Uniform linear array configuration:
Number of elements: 64
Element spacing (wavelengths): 0.75
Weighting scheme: exponential
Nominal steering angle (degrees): -45
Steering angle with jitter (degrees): -46.403
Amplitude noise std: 0.05
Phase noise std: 0.05

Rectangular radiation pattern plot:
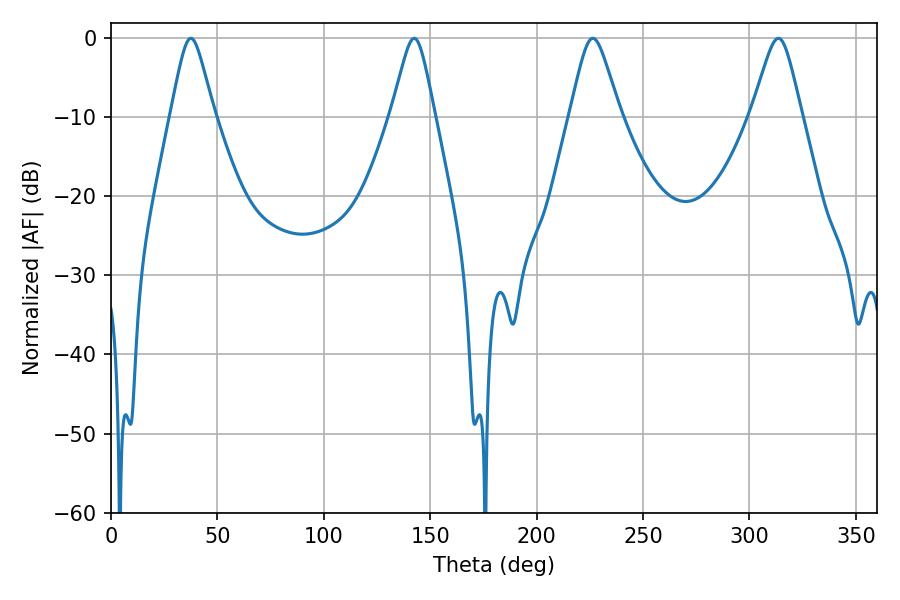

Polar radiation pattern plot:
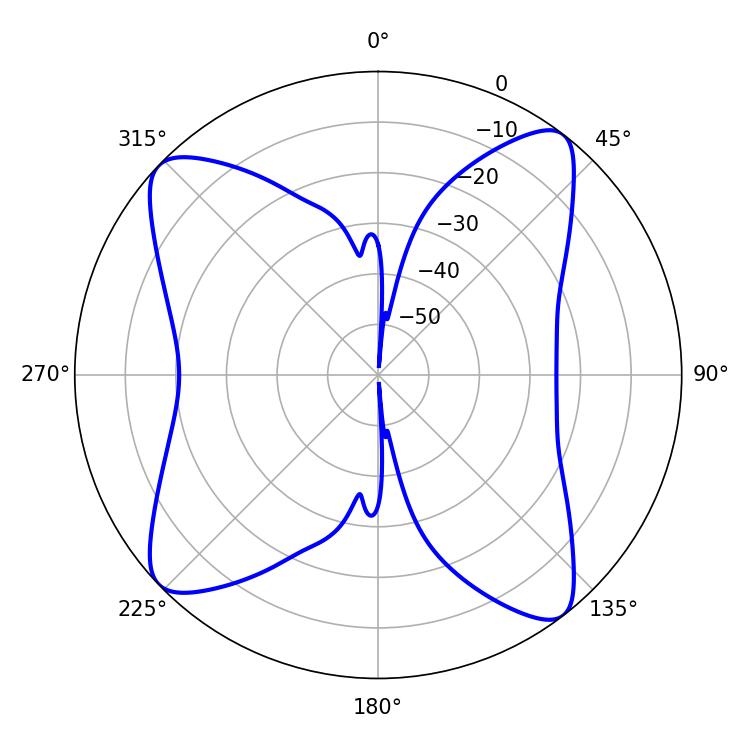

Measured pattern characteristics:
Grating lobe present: TRUE
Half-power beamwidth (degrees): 11.34
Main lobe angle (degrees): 226.44